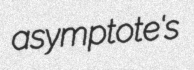
asymptote's